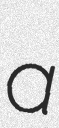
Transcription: a